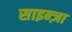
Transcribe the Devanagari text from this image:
साइन्ज़ा